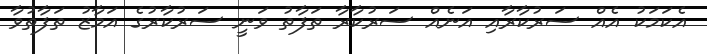
އެކަމަކު އެއް ސަރުކާރާއި އަނެއް ސަރުކާރާ ތަފާތު ވަނީ ސަރުކާރުގެ އަމާޒު ތަފާތުވާ